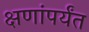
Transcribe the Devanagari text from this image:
क्षणांपर्यंत